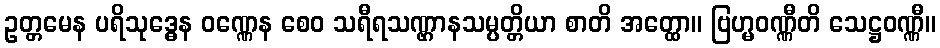
ဥတ္တမေန ပရိသုဒ္ဓေန ဝဏ္ဏေန စေဝ သရီရသဏ္ဌာနသမ္ပတ္တိယာ စာတိ အတ္ထော။ ဗြဟ္မဝဏ္ဏီတိ သေဋ္ဌဝဏ္ဏီ။